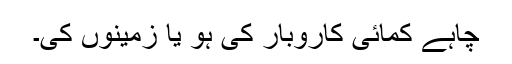
چاہے کمائی کاروبار کی ہو یا زمینوں کی۔